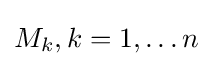
M_{k},k=1,\ldots n